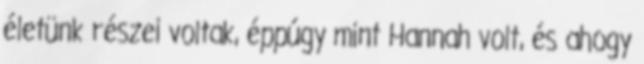
életünk részei voltak, éppúgy mint Hannah volt, és ahogy